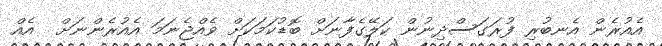
އެއުރެން އެނބުރި ފުރަގަސްދިނުން ކަލޭގެފާނަށް ބޮޑުކަމަކަށް ވެއްޖެނަމަ އެއުރެންނަށް  އެއް